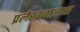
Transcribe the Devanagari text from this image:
प्रलेखनाज्ञाता